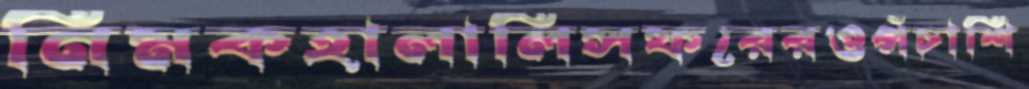
নিমকহালালিসফরেরওপঁচাশি